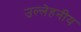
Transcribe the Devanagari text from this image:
उल्लेहनीय